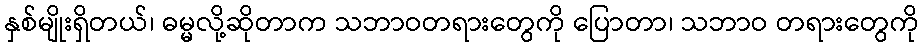
နှစ်မျိုးရှိတယ်၊ ဓမ္မလို့ဆိုတာက သဘာဝတရားတွေကို ပြောတာ၊ သဘာဝ တရားတွေကို